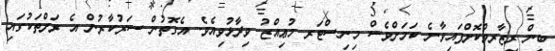
ބިން ރިޒާރވްކޮށްފައިވާނެ ކަމަށްވެސް މިނިސްޓަރ މުޢިއްޒު ވިދާޅުވިއެވެ. އެގޮތުން ސަރުކާރުން އެ ރަށްތަކުގައި